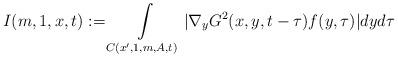
LaTeX: \begin{align*}I(m,1,x,t):= \int\limits_{C(x',1,m,A,t)}|\nabla_{y}G^{2}(x,y,t-\tau)f(y,\tau)| dyd\tau\end{align*}